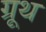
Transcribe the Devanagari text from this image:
ग्रूथ